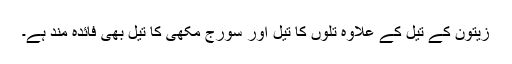
زیتون کے تیل کے علاوہ تلوں کا تیل اور سورج مکھی کا تیل بھی فائدہ مند ہے۔